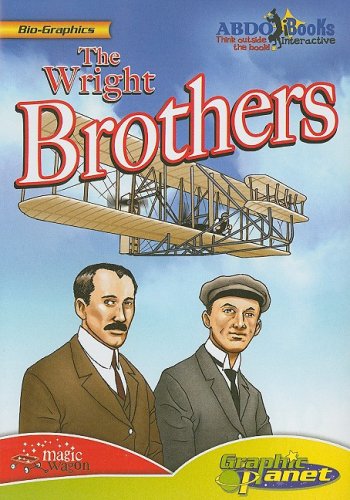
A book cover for The Wright Brothers (Bio-Graphics); Joe Dunn; Children's Books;